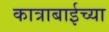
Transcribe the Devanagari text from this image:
कात्राबाईच्या